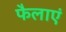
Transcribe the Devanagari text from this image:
फैलाएं